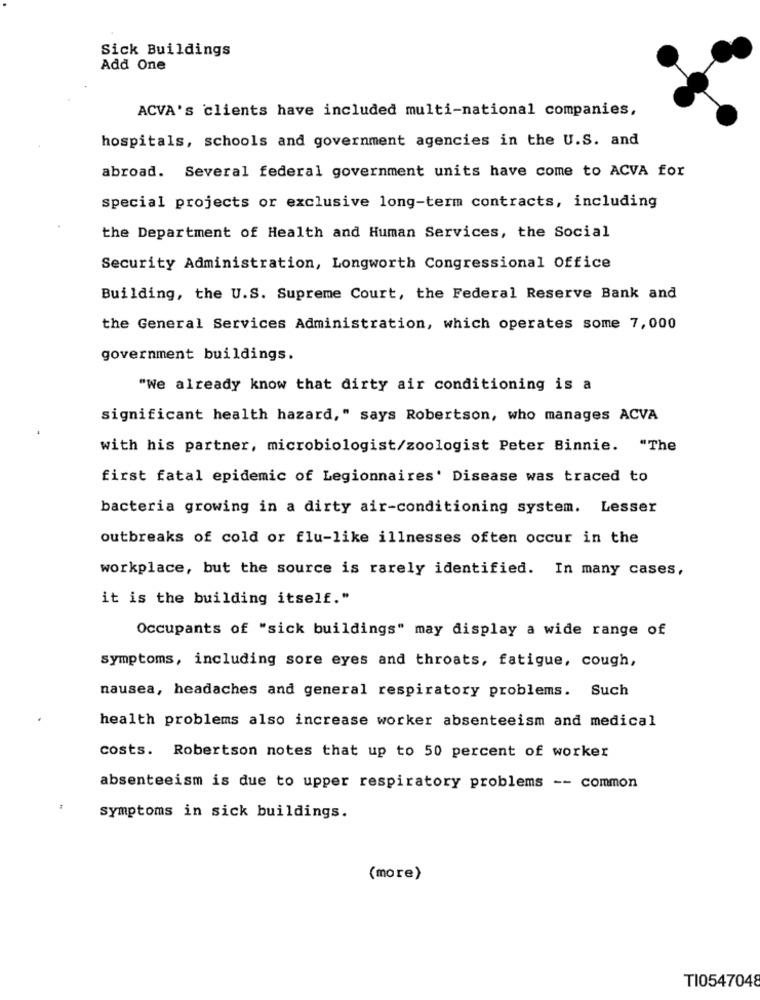
Sick Buildings
Add One
ACVA's clients have included multi-national companies,
hospitals, schools and government agencies in the U.S. and
abroad. Several federal government units have come to ACVA for
special projects or exclusive long-term contracts, including
the Department of Health and Human Services, the Social
Security Administration, Longworth Congressional Office
Building, the U.S. Supreme Court, the Federal Reserve Bank and
the General Services Administration, which operates some 7,000
government buildings.
"We already know that dirty air conditioning is a
significant health hazard," says Robertson, who manages ACVA
with his partner, microbiologist/zoologist Peter Binnie. "The
first fatal epidemic of Legionnaires' Disease was traced to
bacteria growing in a dirty air-conditioning system. Lesser
outbreaks of cold or flu-like illnesses often occur in the
workplace, but the source is rarely identified. In many cases,
it is the building itself."
Occupants of "sick buildings" may display a wide range of
symptoms, including sore eyes and throats, fatigue, cough,
nausea, headaches and general respiratory problems. Such
health problems also increase worker absenteeism and medical
costs. Robertson notes that up to 50 percent of worker
absenteeism is due to upper respiratory problems -- common
symptoms in sick buildings.
(more)
TI0547048